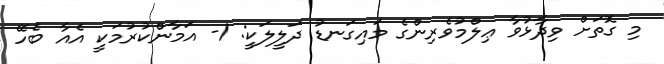
މި ގޮތަށް ވިދާޅުވާ ޢިލްމުވެރިންގެ މައިގަނޑު ދަލީލަކީ: 1- އަމާންކުރުމަކީ އެއާ ބެހޭ